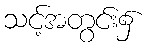
သင့်အတွင်း၌